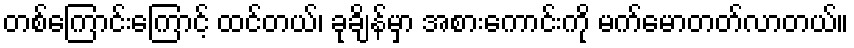
တစ်ကြောင်းကြောင့် ထင်တယ်၊ ခုချိန်မှာ အစားကောင်းကို မက်မောတတ်လာတယ်။